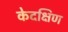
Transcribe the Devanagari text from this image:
केदक्षिण